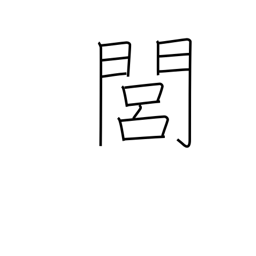
Meaning: rural area